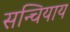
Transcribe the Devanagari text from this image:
सन्चियाय